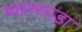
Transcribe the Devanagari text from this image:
ग्वालपाड़ा